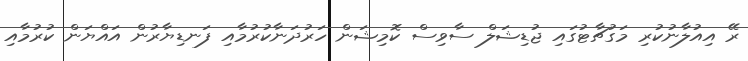
ރޭ އިއުލާނުކުރި މަގުޗާޓުގައި ޖުޑިޝަލް ސާވިސް ކޮމިޝަން ހަރުދަނާކުރުމާއި ފަނޑިޔާރުން އައްޔަން ކުރުމާއި